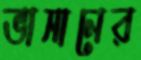
ভাসানের